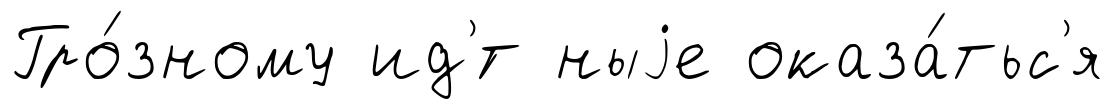
Гро́зному ид'́т ныjе оказа́тьс'я